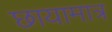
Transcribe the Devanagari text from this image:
छायामात्र